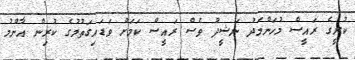
ކުރީގެ ރައީސް މުހަންމަދު ނަޝީދު ވެސް ރައީސް ކަމަށް ވަޑައިގަތުމުގެ ކުރިން އާންމު